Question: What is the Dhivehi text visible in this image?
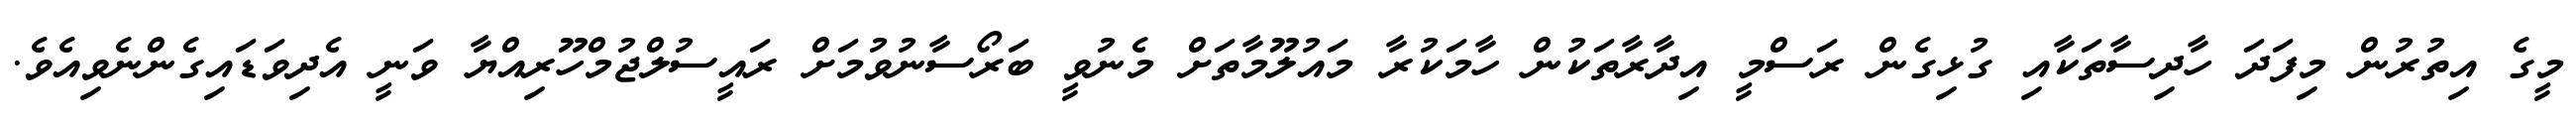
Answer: މީގެ އިތުރުން މިފަދަ ހާދިސާތަކާއި ގުޅިގެން ރަސްމީ އިދާރާތަކުން ހާމަކުރާ މައުލޫމާތަށް މެނުވީ ބަރޯސާނުވުމަށް ރައީސުލްޖުމްހޫރިއްޔާ ވަނީ އެދިވަޑައިގެންނެވިއެވެ.